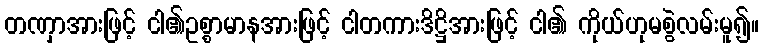
တဏှာအားဖြင့် ငါ၏ဥစ္စာမာနအားဖြင့် ငါတကားဒိဋ္ဌိအားဖြင့် ငါ၏ ကိုယ်ဟုမစွဲလမ်းမူ၍။